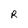
Character: R